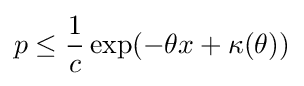
p\leq {\frac {1}{c}}\exp(-\theta x+\kappa (\theta ))